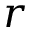
r